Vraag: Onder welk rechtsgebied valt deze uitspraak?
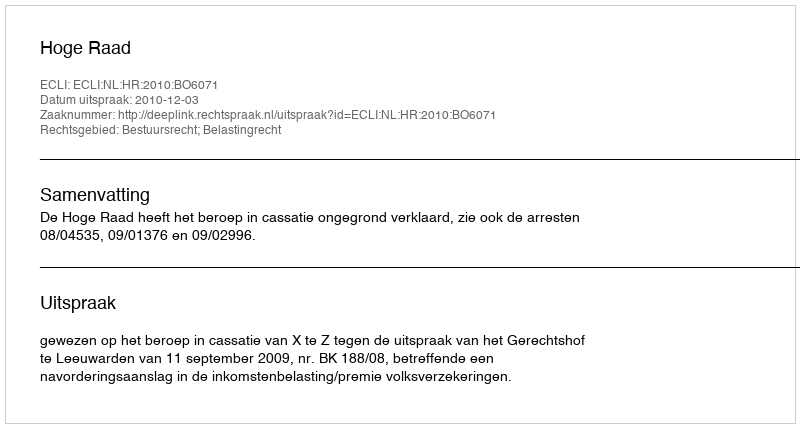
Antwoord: Bestuursrecht; Belastingrecht